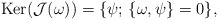
\begin{align*}\textrm{Ker}(\mathcal{J}(\omega)) = \{ \psi;\, \{\omega,\psi\}=0 \},\end{align*}